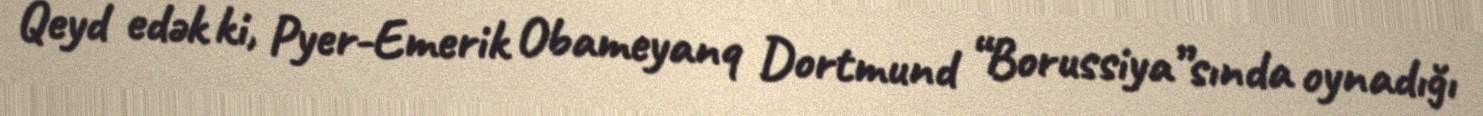
Qeyd edək ki, Pyer-Emerik Obameyanq Dortmund “Borussiya”sında oynadığı